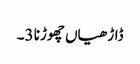
ڈاڑھیاں چھوڑنا 3۔